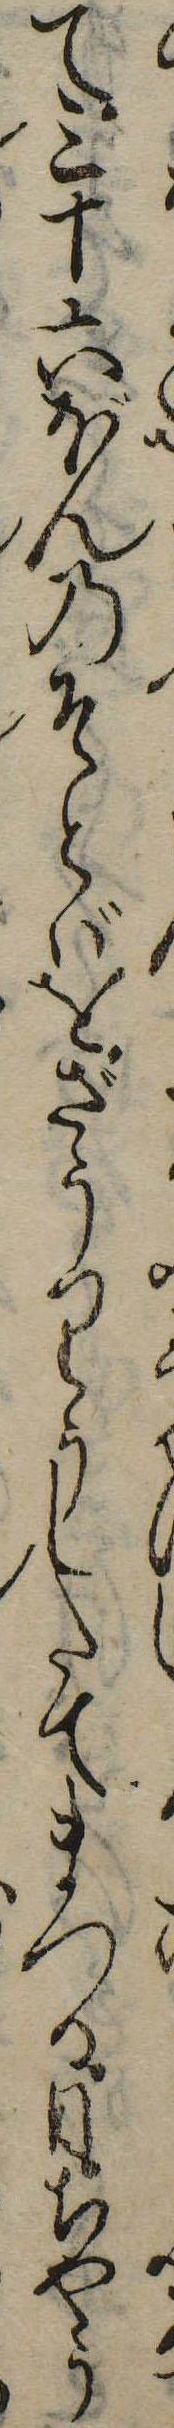
て三十六ぼんのそとばをざうりうしたてまつる日ちやう